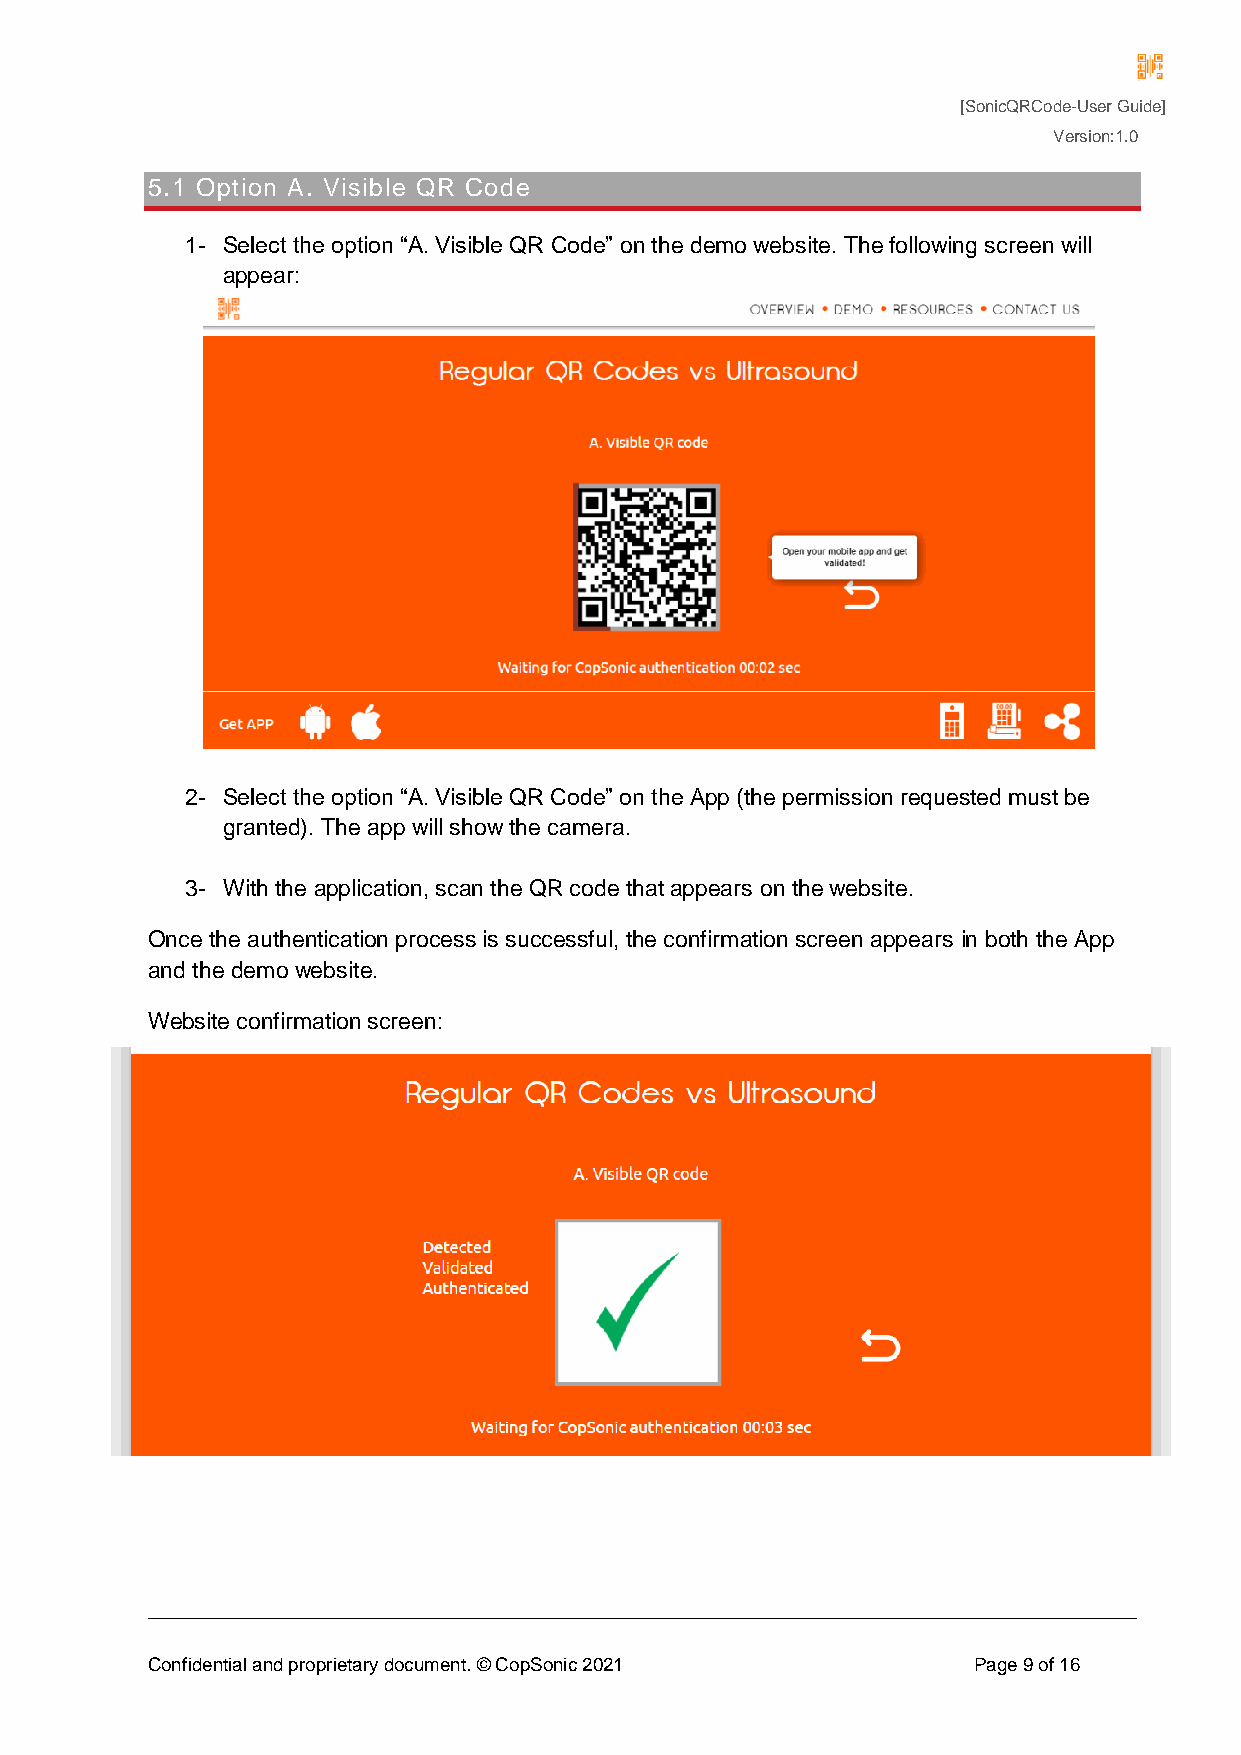
[SonicQRCode-User Guide]
 Version:1.0
 5.1 Option A. Visible QR Code
 1- Select the option “A. Visible QR Code” on the demo website. The following screen will
 appear:
 2- Select the option “A. Visible QR Code” on the App (the permission requested must be
 granted). The app will show the camera.
 3- With the application, scan the QR code that appears on the website.
 Once the authentication process is successful, the confirmation screen appears in both the App
 and the demo website.
 Website confirmation screen:
 Confidential and proprietary document. © CopSonic 2021 Page 9 of 16